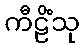
ကီဠိံသု